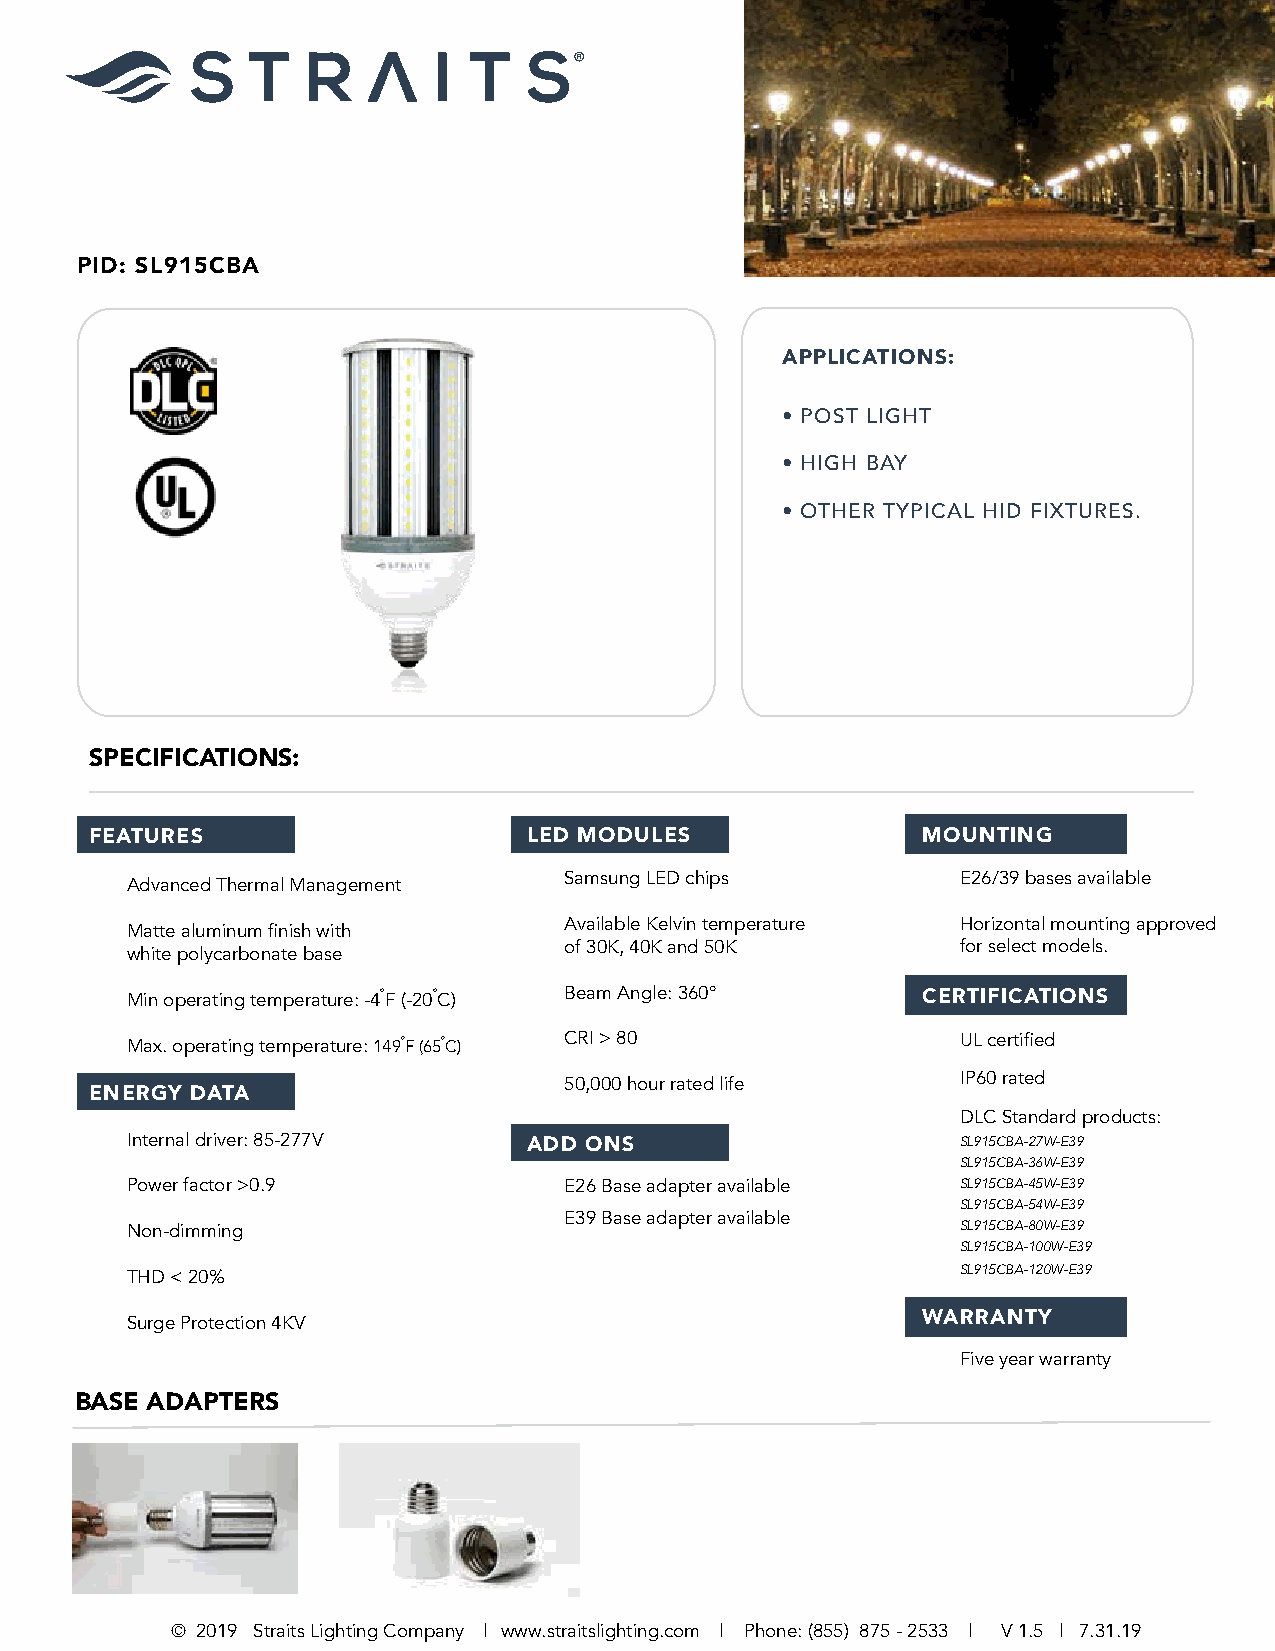
®
 PID: SL915CBA
 APPLICATIONS:
 • POST LIGHT
 • HIGH BAY
 • OTHER TYPICAL HID FIXTURES.
 SPECIFICATIONS:
 FEATURES                     LED MODULES               MOUNTING
 Samsung LED chips          E26/39 bases available
 Advanced Thermal Management
 Available Kelvin temperature Horizontal mounting approved
 Matte aluminum finish with
 of 30K, 40K and 50K        for select models.
 white polycarbonate base
 Min operating temperature: -4F (-20C) Beam Angle: 360° CERTIFICATIONS
 Max. operating temperature: 149F (65C) CRI > 80       UL certified
 IP60 rated
 50,000 hour rated life
 ENERGY DATA
 DLC Standard products:
 Internal driver: 85-277V   ADD ONS                      SL915CBA-27W-E39
 SL915CBA-36W-E39
 Power factor >0.9            E26 Base adapter available SL915CBA-45W-E39
 SL915CBA-54W-E39
 E39 Base adapter available
 Non-dimming                                             SL915CBA-80W-E39
 SL915CBA-100W-E39
 THD < 20%                                               SL915CBA-120W-E39
 Surge Protection 4KV                                 WARRANTY
 Five year warranty
 BASE ADAPTERS
 © 2019 Straits Lighting Company | www.straitslighting.com | Phone: (855) 875 - 2533 | V 1.5 | 7.31.19